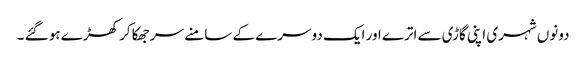
دونوں شہری اپنی گاڑی سے اترے اور ایک دوسرے کے سامنے سر جھکا کر کھڑے ہو گئے ۔